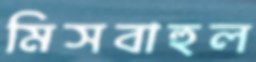
মিসবাহুল